Mediterranean fever in India - Number 22
Disease focus: Fever
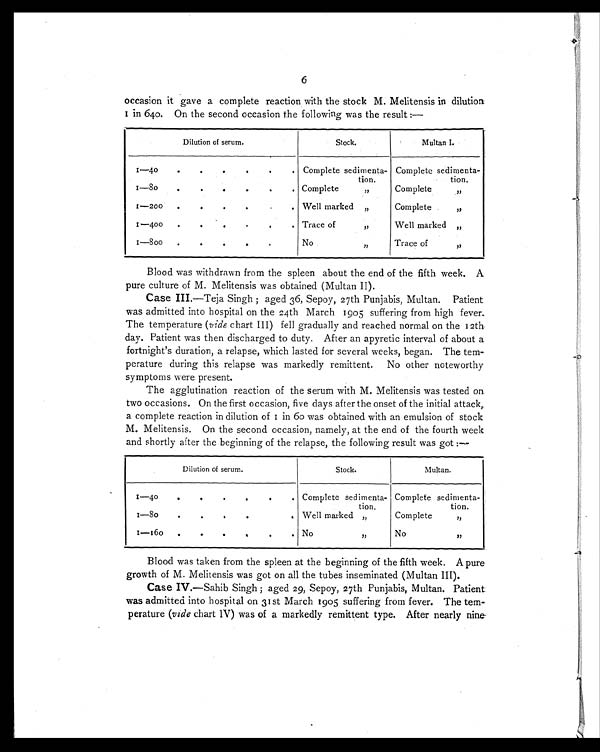
Dilution of serum.
Stock.
Multan.
1—40
•
•
.
.
. Complete sedimenta-
tion.
Complete sedimenta-
tion.
1—80. . . . Well marked „
Complete ,,
1—160
.
.
.. No ,,
No ,,
6
occasion it gave a complete reaction with the stock M. Melitensis in dilution
in 640. On the second occasion the following was the result:—
Dilution of serum.
Stock.
Multan I.
1—40 . . . . .
Complete sedimenta-
tion.
Complete sedimenta-
tion.
1—8o . .
.
.
Complete ,,
Complete
1—200 . . .
Well marked ,,
Complete ,,
1 — 4 0 0
.
.
.
.
Trace of ,,
Well marked,,
1—800. . . . .
No ,,
Trace of,,
Blood was withdrawn from the spleen about the end of the fifth week. A
pure culture of M. Melitensis was obtained (Multan II).
Case III. —Tej a Si ngh; aged 36, Sepoy, 27th Punj abi s, Mul tan. Pati ent
was admitted into hospital on the 24th March 1905 suffering from high fever.
The temperature (vide chart III) fell gradually and reached normal on the 12th
day. Patient was then discharged to duty. After an apyretic interval of about a
fortnight's duration, a relapse, which lasted for several weeks, began. The tem-
perature during this relapse was markedly remittent. No other noteworthy
symptoms were present.
The agglutination reaction of the serum with M. Melitensis was tested on
two occasions. On the first occasion, five days after the onset of the initial attack,.
a complete reaction in dilution of 1 in 60 was obtained with an emulsion of stock
M. Melitensis. On the second occasion, namely, at the end of the fourth week
and shortly after the beginning of the relapse, the following result was got:—
Blood was taken from the spleen at the beginning of the fifth week. A pure
growth of M. Melitensis was got on all the tubes inseminated (Multan III).
Case IV.—Sahib Singh; aged 29, Sepoy, 27th Punjabis, Multan. Patient.
was admitted into hospital on 31st March 1905 suffering from fever. The tem
- p e r a t u r e
( v i d e
chart IV) was of a markedly remittent type. After nearly nine